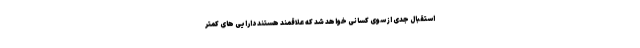
استقبال جدی از سوی کسانی خواهد شد که علاقمند هستند دارایی های کمتر